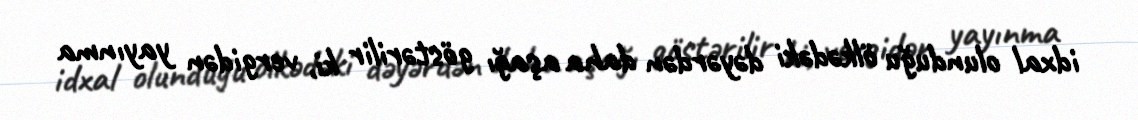
idxal olunduğu ölkədəki dəyərdən daha aşağı göstərilir ki, vergidən yayınma